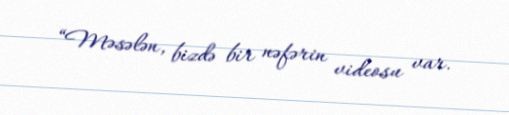
“Məsələn, bizdə bir nəfərin videosu var.